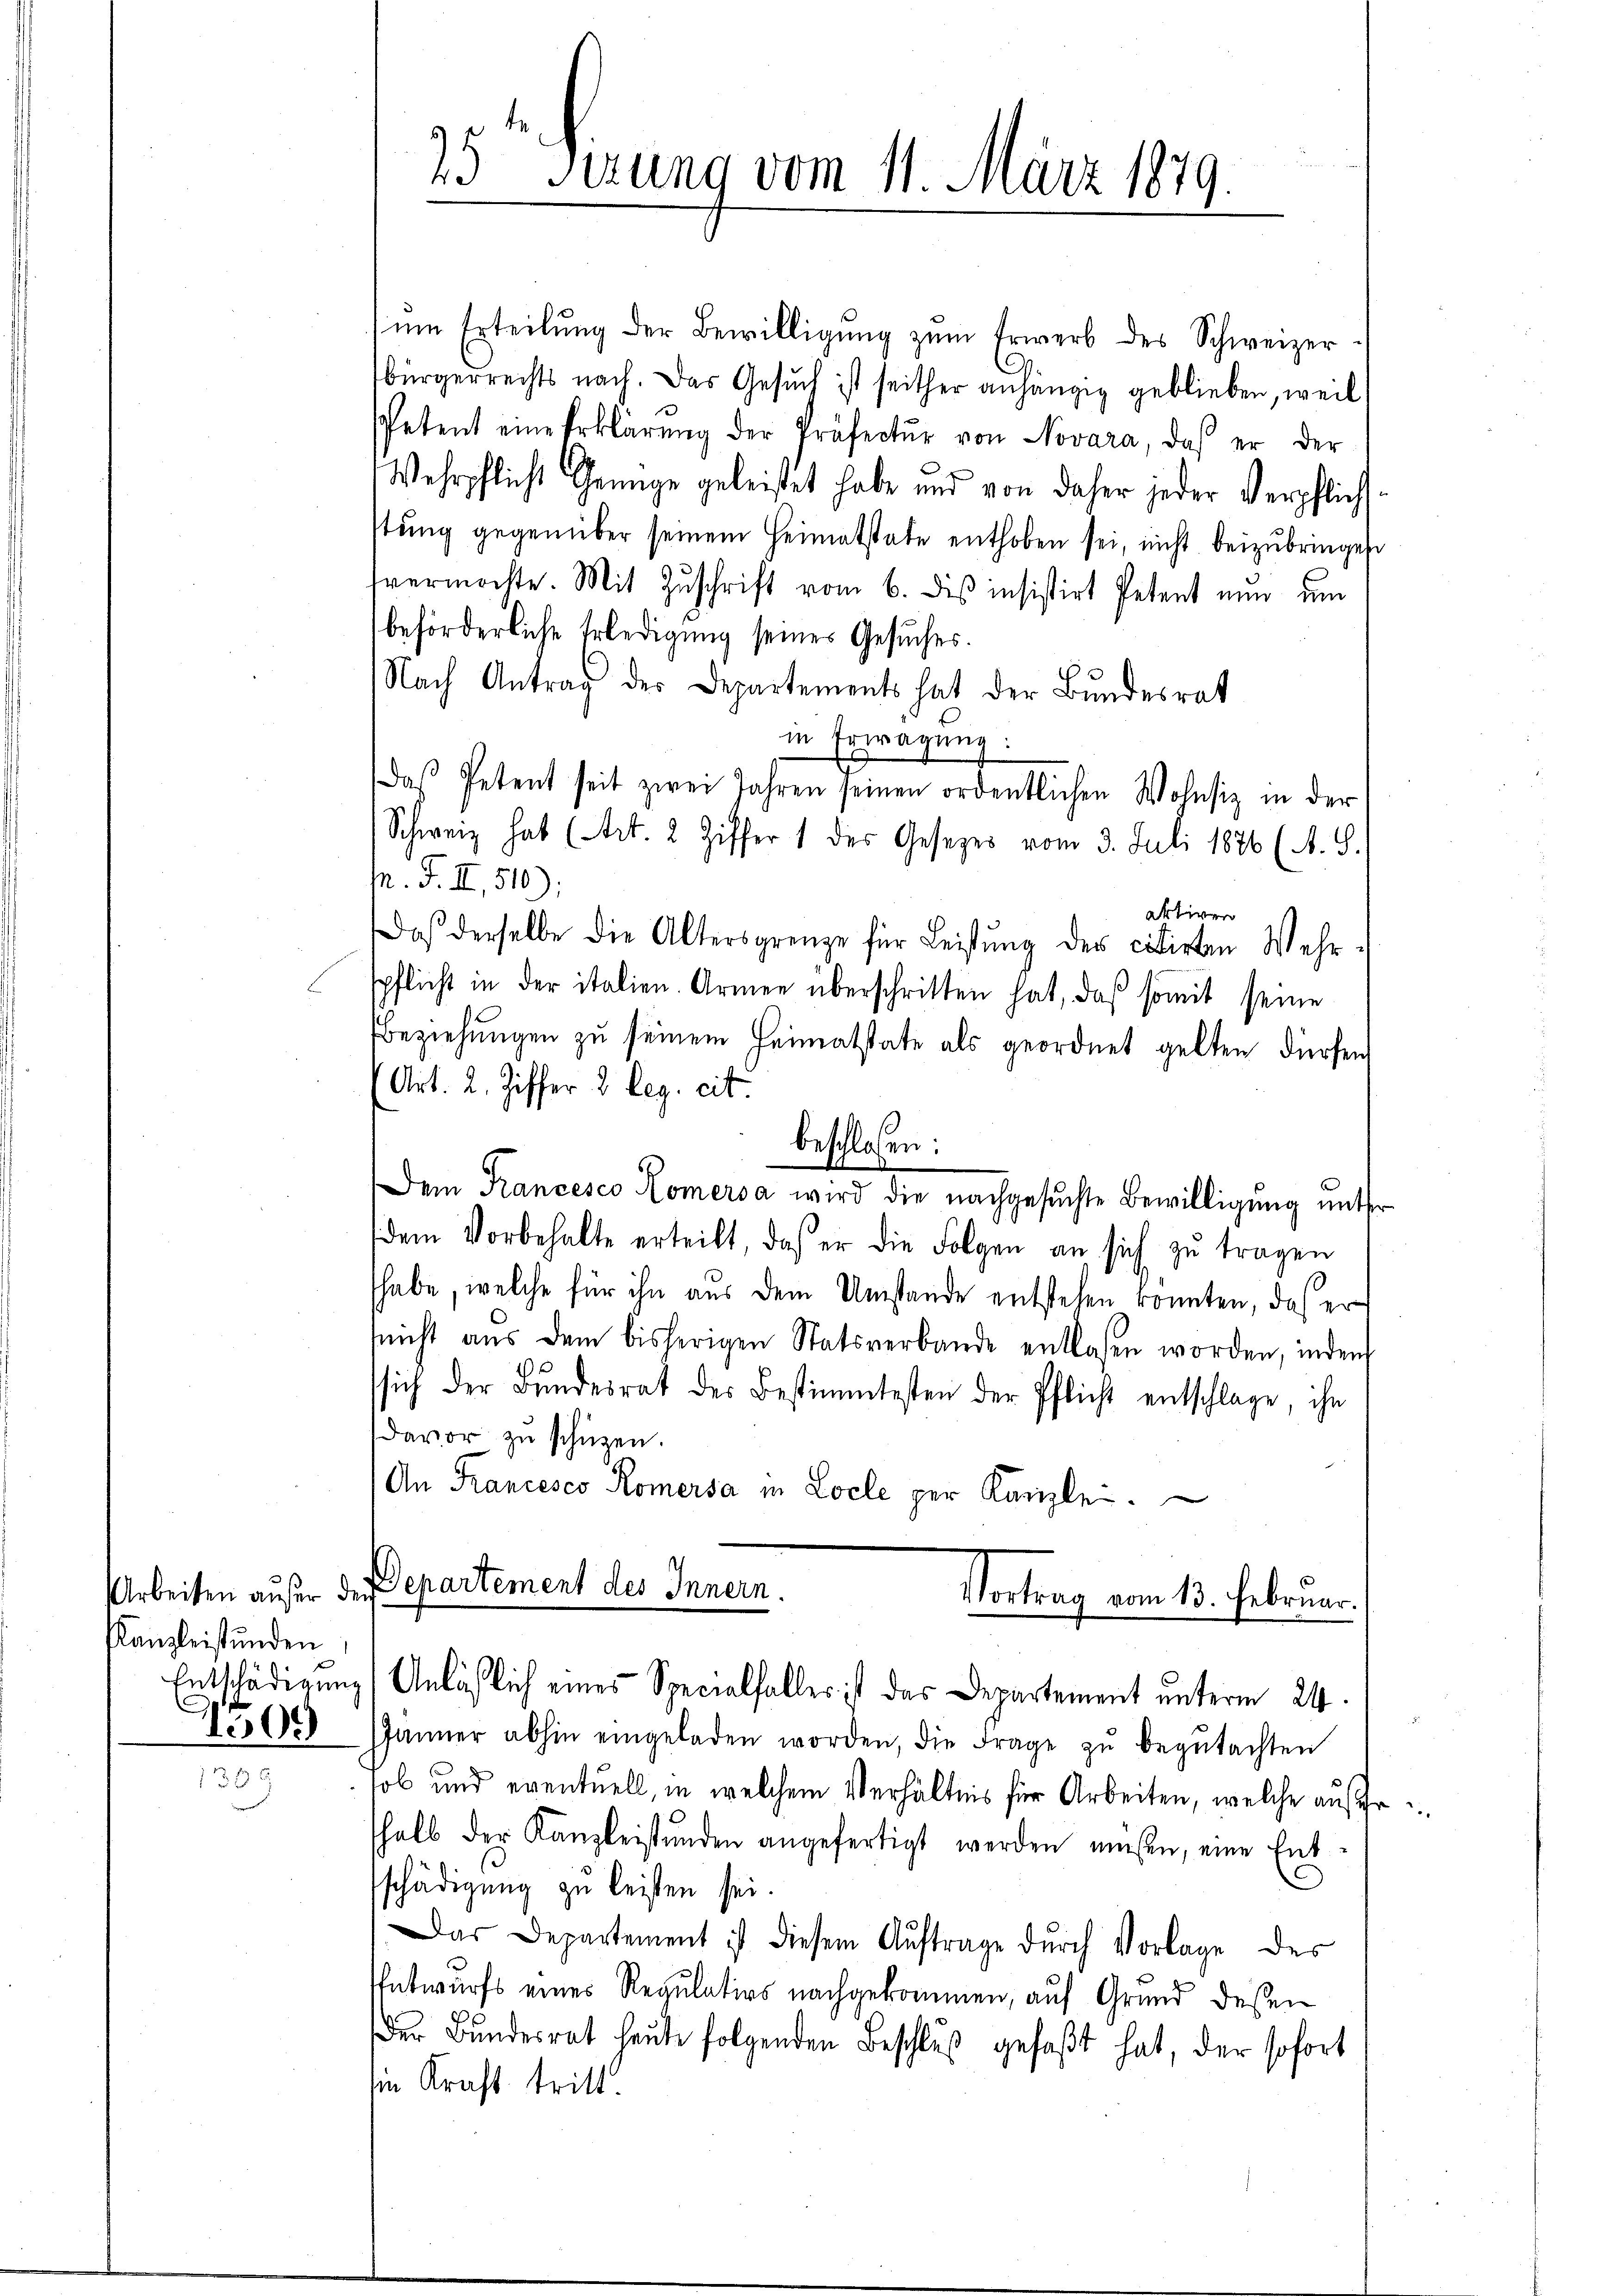
Kanzleistunden
1509

25 Sirung vom 11. März 1879.

ŭm Erteilŭng der Bewilligung zŭm Erwerb des Schweizerbürgerrechts nach. Das Gesŭch ist seither anhängig geblieben, weil
Petent eine Erklärŭng der Präfectŭr von Novara, daß er der
Wehrpflicht Genüge geleistet habe und von daher jeder Verpflichsstŭng gegenüber seinem Heimatstate enthoben sei, nicht beizŭbringen
fvermochte. Mit Zŭschrift vom 6. dis insistirt Petent nun um
beförderliche Erledigung seines Gesuches.
Nach Antrag des Departements hat der Bundesrat
in Erwägung:
daβ Petent seit zwei Jahren seinen ordentlichen Wohnsiz in der
Schweiz hab (Art. 2 Ziffer 1 des Gesetzes vom 3. Juli 1886 (A. S.
M. F. II, 510);
aktiven
Daß derselbe die Altersgrenze für Leistung des citirten Wehrspflicht in der italien. Armen überschritten hat, daß somit seine
Beziehŭngen zŭ seinem Heimatstate als geordnet gelten dürfen
Art. 2. Ziffer 2 leg. cit.
beschlossen:
Dem Francesco Komersa wird die nachgesuchte Bewilligung unter
dem Vorbehalte erteilt, das er die Folgen an sich zŭ tragen
habe, welche für ihn aus dem Umstände entstehen konnten, daß er
nicht aŭs dem bisherigen Statsverbande entlassen worden, indem
ssich der Bundesrat des Bestimmtesten der Pflicht entschlage, ihn
davor zu schützen.
An Francesco Romersa in Locle per Kanzle

Arbeiten außer der Departement des Innern.
Vortrag vom 13. Februar.
Entschädigung (Anläßlich eines Specialfaller ist das Departement unterm 24.

JJänner abhin eingeladen worden, die Frage zŭ begŭtachten
sol und eventuell, in welchem Verhältnis für Arbeiten, welche aufr
shalb der Kanzleistunden angefertigt werden müßen, eine Ent
schädigung zu leisten sei.
Das Departement ist diesem Aŭftrage dŭrch Vorlage des
Entwurfs eines Regulatios nachgekommen, auf Grund dessen
der Bŭndesrat heute folgenden Beschlŭβ gefaßt hat, der sofort
sine Kraft tritt.